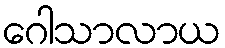
ဂေါသာလာယ